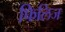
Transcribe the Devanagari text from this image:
फिलिज